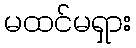
မထင်မရှား